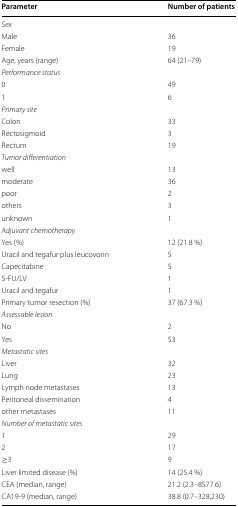
| Parameter | Number of patients |
 | --- | --- |
 | Sex |  |
 | Male | 36 |
 | Female | 19 |
 | Age, years (range) | 64 (21–79) |
 | Performance status |  |
 | 0 | 49 |
 | 1 | 6 |
 | Primary site |  |
 | Colon | 33 |
 | Rectosigmoid | 3 |
 | Rectum | 19 |
 | Tumor differentiation |  |
 | well | 13 |
 | moderate | 36 |
 | poor | 2 |
 | others | 3 |
 | unknown | 1 |
 | Adjuvant chemotherapy |  |
 | Yes (%) | 12 (21.8 %) |
 | Uracil and tegafur plus leucovorin | 5 |
 | Capecitabine | 5 |
 | 5-FU/LV | 1 |
 | Uracil and tegafur | 1 |
 | Primary tumor resection (%) | 37 (67.3 %) |
 | Assessable lesion |  |
 | No | 2 |
 | Yes | 53 |
 | Metastatic sites |  |
 | Liver | 32 |
 | Lung | 23 |
 | Lymph node metastases | 13 |
 | Peritoneal dissemination | 4 |
 | other metastases | 11 |
 | Number of metastatic sites |  |
 | 1 | 29 |
 | 2 | 17 |
 | ≥3 | 9 |
 | Liver limited disease (%) | 14 (25.4 %) |
 | CEA (median, range) | 21.2 (2.3–8577.6) |
 | CA19-9 (median, range) | 38.8 (0.7–328,230) |